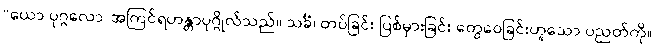
“ယော ပုဂ္ဂလော၊ အကြင်ရဟန္တာပုဂ္ဂိုလ်သည်။ သင်္ခံ၊ တပ်ခြင်း ပြစ်မှားခြင်း တွေဝေခြင်းဟူသော ပညတ်ကို။